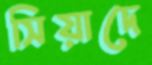
সিয়াদে